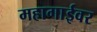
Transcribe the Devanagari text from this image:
महागाईवर